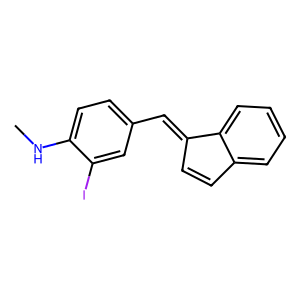
SMILES: CNc1ccc(C=C2C=Cc3ccccc32)cc1I
Inhibits HIV replication: No